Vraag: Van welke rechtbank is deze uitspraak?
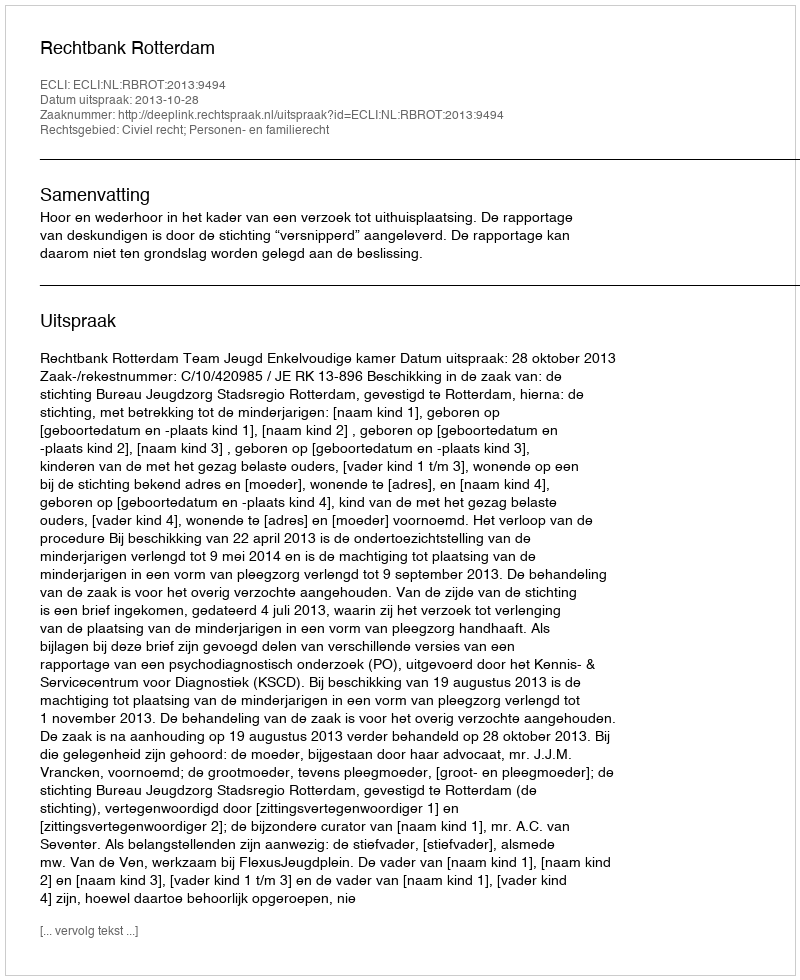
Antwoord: Rechtbank Rotterdam